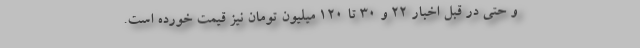
و حتی در قبل اخبار ۲۲ و ۳۰ تا ۱۲۰ میلیون تومان نیز قیمت خورده است.